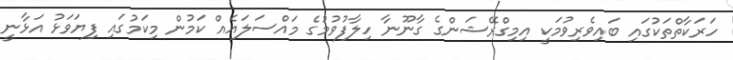
ހަރަކާތްތަކުގައި ބައިވެރިވުމަކީ އިމިގްރޭޝަންގެ ގާނޫނާ ހިލާފުވުމުގެ މައްސަލައެއް ކަމުން މިކަމުގައި ފިޔަވަޅު އަޅާނީ